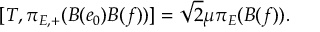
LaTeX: [ T , \pi _ { E , + } ( B ( e _ { 0 } ) B ( f ) ) ] = \sqrt { 2 } \mu \pi _ { E } ( B ( f ) ) .